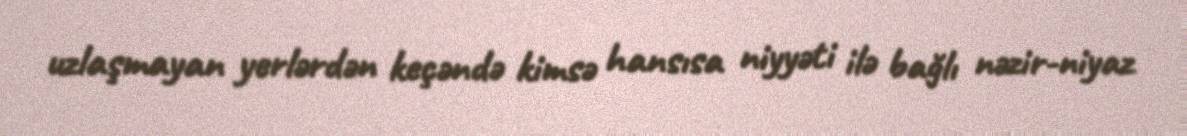
uzlaşmayan yerlərdən keçəndə kimsə hansısa niyyəti ilə bağlı nəzir-niyaz